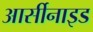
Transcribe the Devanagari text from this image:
आर्सीनाइड